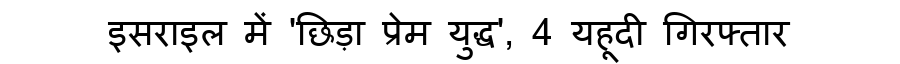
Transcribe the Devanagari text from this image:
इसराइल में 'छिड़ा प्रेम युद्ध', 4 यहूदी गिरफ्तार